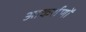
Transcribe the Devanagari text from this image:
आकर्शणों